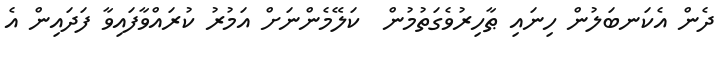
ދެން އެކަނބަލުން ހިނައި ޠާހިރުވެގަތުމުން  ކަލޭމެންނަށް އަމުރު ކުރައްވާފައިވާ ފަދައިން އެ